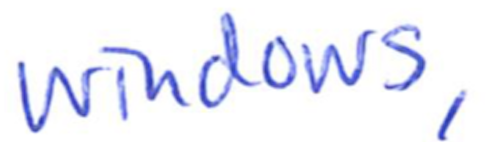
Text: Windows,
Cross-out: clean
Writing tool: ballpoint